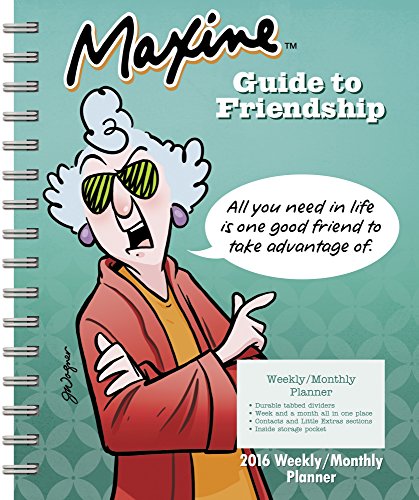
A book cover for MAXINE Weekly and Monthly Planner (2016); Day Dream; Calendars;